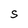
Character: S